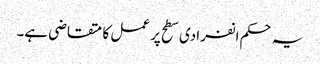
یہ حکم انفرادی سطح پر عمل کا متقاضی ہے۔